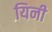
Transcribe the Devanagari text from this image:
यिनी